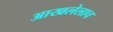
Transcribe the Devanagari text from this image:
आखलेलाच